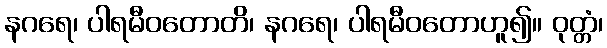
နဂရေ၊ ပါရမီဝတောတိ၊ နဂရေ၊ ပါရမီဝတောဟူ၍။ ဝုတ္တံ၊